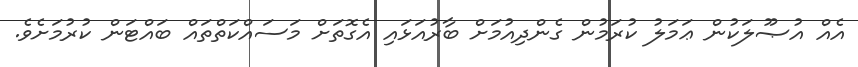
އެއް އުޞޫލަކުން ޢަމަލު ކުރަމުން ގެންދިއުމަށް ބާރުއަޅައި އެގޮތަށް މަސައްކަތްތައް ބައްޓަން ކުރުމަށެވެ.